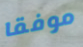
موفقا